Problem: 10 × 8 = ?
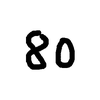
Handwritten answer: 80